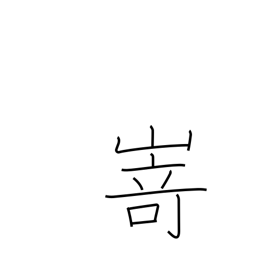
Meaning: promontory